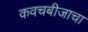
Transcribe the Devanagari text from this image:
कवचबीजाचा